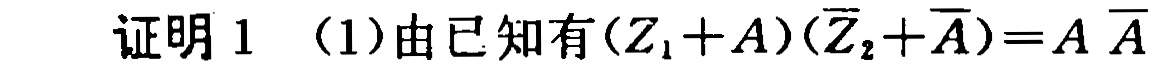
证明 1 （1）由已知有\((Z_1 + A)(\overline{Z}_2+\overline{A}) = A\overline{A}\)